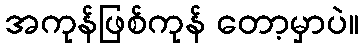
အကုန်ဖြစ်ကုန် တော့မှာပဲ။